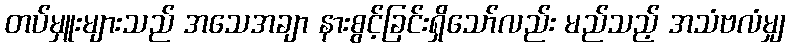
တပ်မှူးများသည် အသေအချာ နားစွင့်ခြင်းရှိသော်လည်း မည်သည့် အသံဗလံမျှ